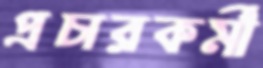
প্রচারকর্মী